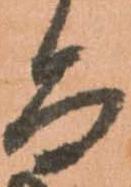
而